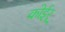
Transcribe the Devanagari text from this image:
कोईर्